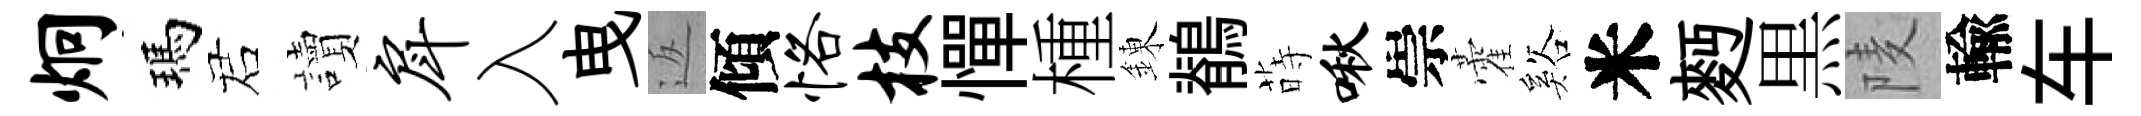
炯瑪诺讀戽入曳返傾恪枝憚㮔錬鶺蒔啾崇藿谿米麪黒𨹧輸车